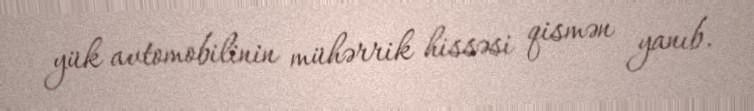
yük avtomobilinin mühərrik hissəsi qismən yanıb.